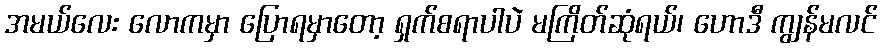
အမယ်လေး လောကမှာ ပြောရမှာတော့ ရှက်စရာပါပဲ မကြိတ်ဆုံရယ်၊ ဟောဒီ ကျွန်မလင်